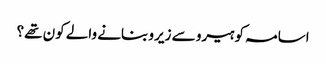
اسامہ کو ہیرو سے زیرو بنانے والے کون تھے؟